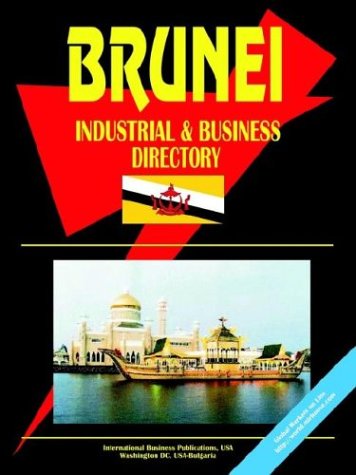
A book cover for Brunei Industrial and Business Directory (World Business, Investment and Government Library); Ibp Usa; Travel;